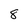
Character: 8